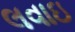
લવાઇ